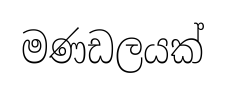
මණඩලයක්